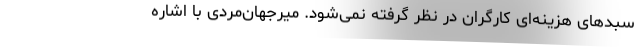
سبدهای هزینه‌ای کارگران در نظر گرفته نمی‌شود. میرجهان‌مردی با اشاره